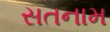
સતનામ